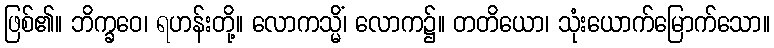
ဖြစ်၏။ ဘိက္ခဝေ၊ ရဟန်းတို့။ လောကသ္မိံ၊ လောက၌။ တတိယော၊ သုံးယောက်မြောက်သော။